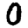
Digit: 0